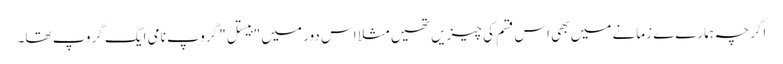
اگرچہ ہمارےے زمانے میں بھی اس قسم کی چیزیں تھیں مثلا اس دور میں "بیستل" گروپ نامی ایک گروپ تھا۔